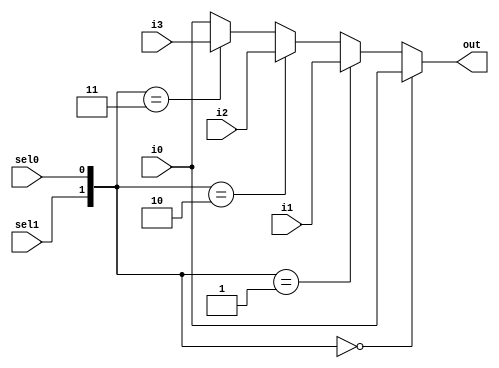
(* keep_hierarchy = "yes" *) module mux4x1_wb #(
	parameter XLEN = 32
) 
(
	input  wire [XLEN-1:0] i0,
	input  wire [XLEN-1:0] i1,
	input  wire [XLEN-1:0] i2,
	input  wire [XLEN-1:0] i3,
	input  wire            sel0,
	input  wire            sel1,
	output reg  [XLEN-1:0] out
);

wire [1:0] sel_mux;

assign sel_mux = {sel1,sel0};

always @(*) begin
	if (sel_mux == 2'b00) begin
		out = i0;
	end
	else if (sel_mux == 2'b01) begin
		out = i1;
	end
	else if (sel_mux == 2'b10) begin
		out = i2;
	end
	else if (sel_mux == 2'b11) begin
		out = i3;
	end
	else begin
		out = i0;
	end
end

endmodule